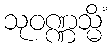
သုဝဏ္ဏသ္မိံ